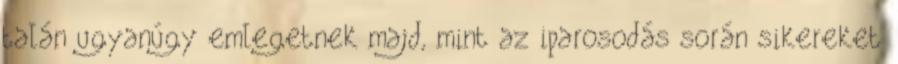
talán ugyanúgy emlegetnek majd, mint az iparosodás során sikereket